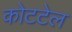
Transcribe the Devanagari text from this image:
कोटटेल